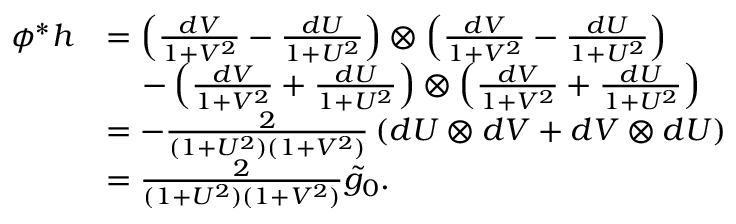
\begin{array} { r l } { \phi ^ { * } h } & { = \left( \frac { d V } { 1 + V ^ { 2 } } - \frac { d U } { 1 + U ^ { 2 } } \right) \otimes \left( \frac { d V } { 1 + V ^ { 2 } } - \frac { d U } { 1 + U ^ { 2 } } \right) } \\ & { \quad \, - \left( \frac { d V } { 1 + V ^ { 2 } } + \frac { d U } { 1 + U ^ { 2 } } \right) \otimes \left( \frac { d V } { 1 + V ^ { 2 } } + \frac { d U } { 1 + U ^ { 2 } } \right) } \\ & { = - \frac { 2 } { ( 1 + U ^ { 2 } ) ( 1 + V ^ { 2 } ) } \left( d U \otimes d V + d V \otimes d U \right) } \\ & { = \frac { 2 } { ( 1 + U ^ { 2 } ) ( 1 + V ^ { 2 } ) } \tilde { g } _ { 0 } . } \end{array}